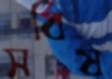
সবিষ